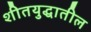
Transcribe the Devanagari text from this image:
शीतयुद्धातील